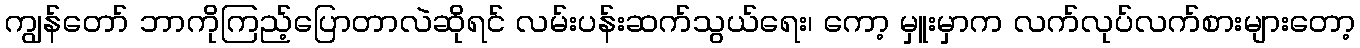
ကျွန်တော် ဘာကိုကြည့်ပြောတာလဲဆိုရင် လမ်းပန်းဆက်သွယ်ရေး၊ ကော့ မှူးမှာက လက်လုပ်လက်စားများတော့